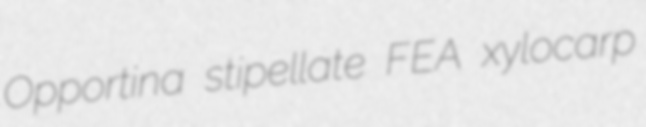
Opportina stipellate FEA xylocarp